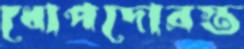
ধোপদোরস্ত